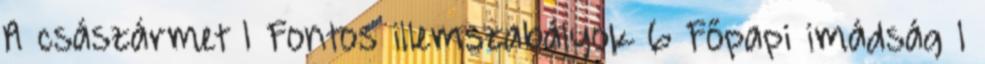
A császármet 1 Fontos illemszabályok 6 Főpapi imádság 1